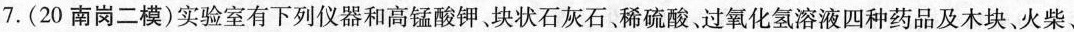
7.(20南岗二模)实验室有下列仪器和高锰酸钾、块状石灰石。稀硫酸、过氧化氢溶液四种药品及木块、火柴、